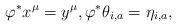
LaTeX: \begin{align*}\varphi^*x^{\mu} = y^{\mu},\varphi^*\theta_{i,a} = \eta_{i,a},\end{align*}